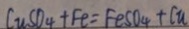
C u S O _ { 4 } + F e = F e S O _ { 4 } + C u